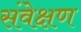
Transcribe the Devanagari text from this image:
संवेक्षण